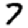
Digit: 7